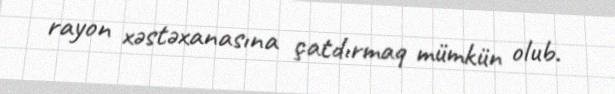
rayon xəstəxanasına çatdırmaq mümkün olub.